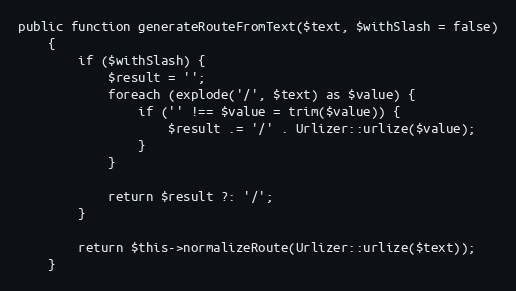
Language: PHP
public function generateRouteFromText($text, $withSlash = false)
    {
        if ($withSlash) {
            $result = '';
            foreach (explode('/', $text) as $value) {
                if ('' !== $value = trim($value)) {
                    $result .= '/' . Urlizer::urlize($value);
                }
            }

            return $result ?: '/';
        }

        return $this->normalizeRoute(Urlizer::urlize($text));
    }